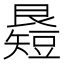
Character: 𥐉